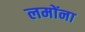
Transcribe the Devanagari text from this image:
लमोंना